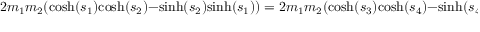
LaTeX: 2 m _ { 1 } m _ { 2 } ( { \mathrm { c o s h } } ( s _ { 1 } ) { \mathrm { c o s h } } ( s _ { 2 } ) - { \mathrm { s i n h } } ( s _ { 2 } ) { \mathrm { s i n h } } ( s _ { 1 } ) ) = 2 m _ { 1 } m _ { 2 } ( { \mathrm { c o s h } } ( s _ { 3 } ) { \mathrm { c o s h } } ( s _ { 4 } ) - { \mathrm { s i n h } } ( s _ { 4 } ) { \mathrm { s i n h } } ( s _ { 3 } ) )